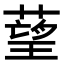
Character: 𦹑